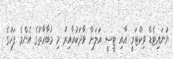
ޔުނައިޓެޑް ވިކްޓަރީ އާއި ޓީސީ އަލަށް ވާދަކުރާއިރު މި މުބާރާތުގެ އެންމެ ފަހުގެ